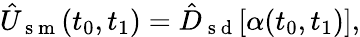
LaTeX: \hat{U}_{\mathrm{~s~m~}}(t_{0},t_{1})=\hat{D}_{\mathrm{~s~d~}}[\alpha(t_{0},t_{1})],